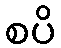
စပိ